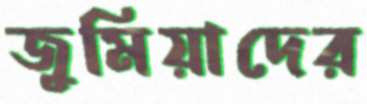
জুমিয়াদের